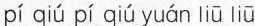
pí qiú pí qiú yuán liū liū